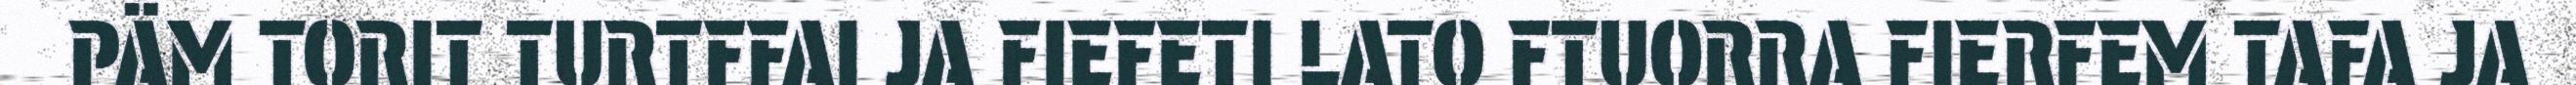
PÄM TORIT TURTFFAI JA FIEFETI LATO FTUORRA FIERFEM TAFA JA